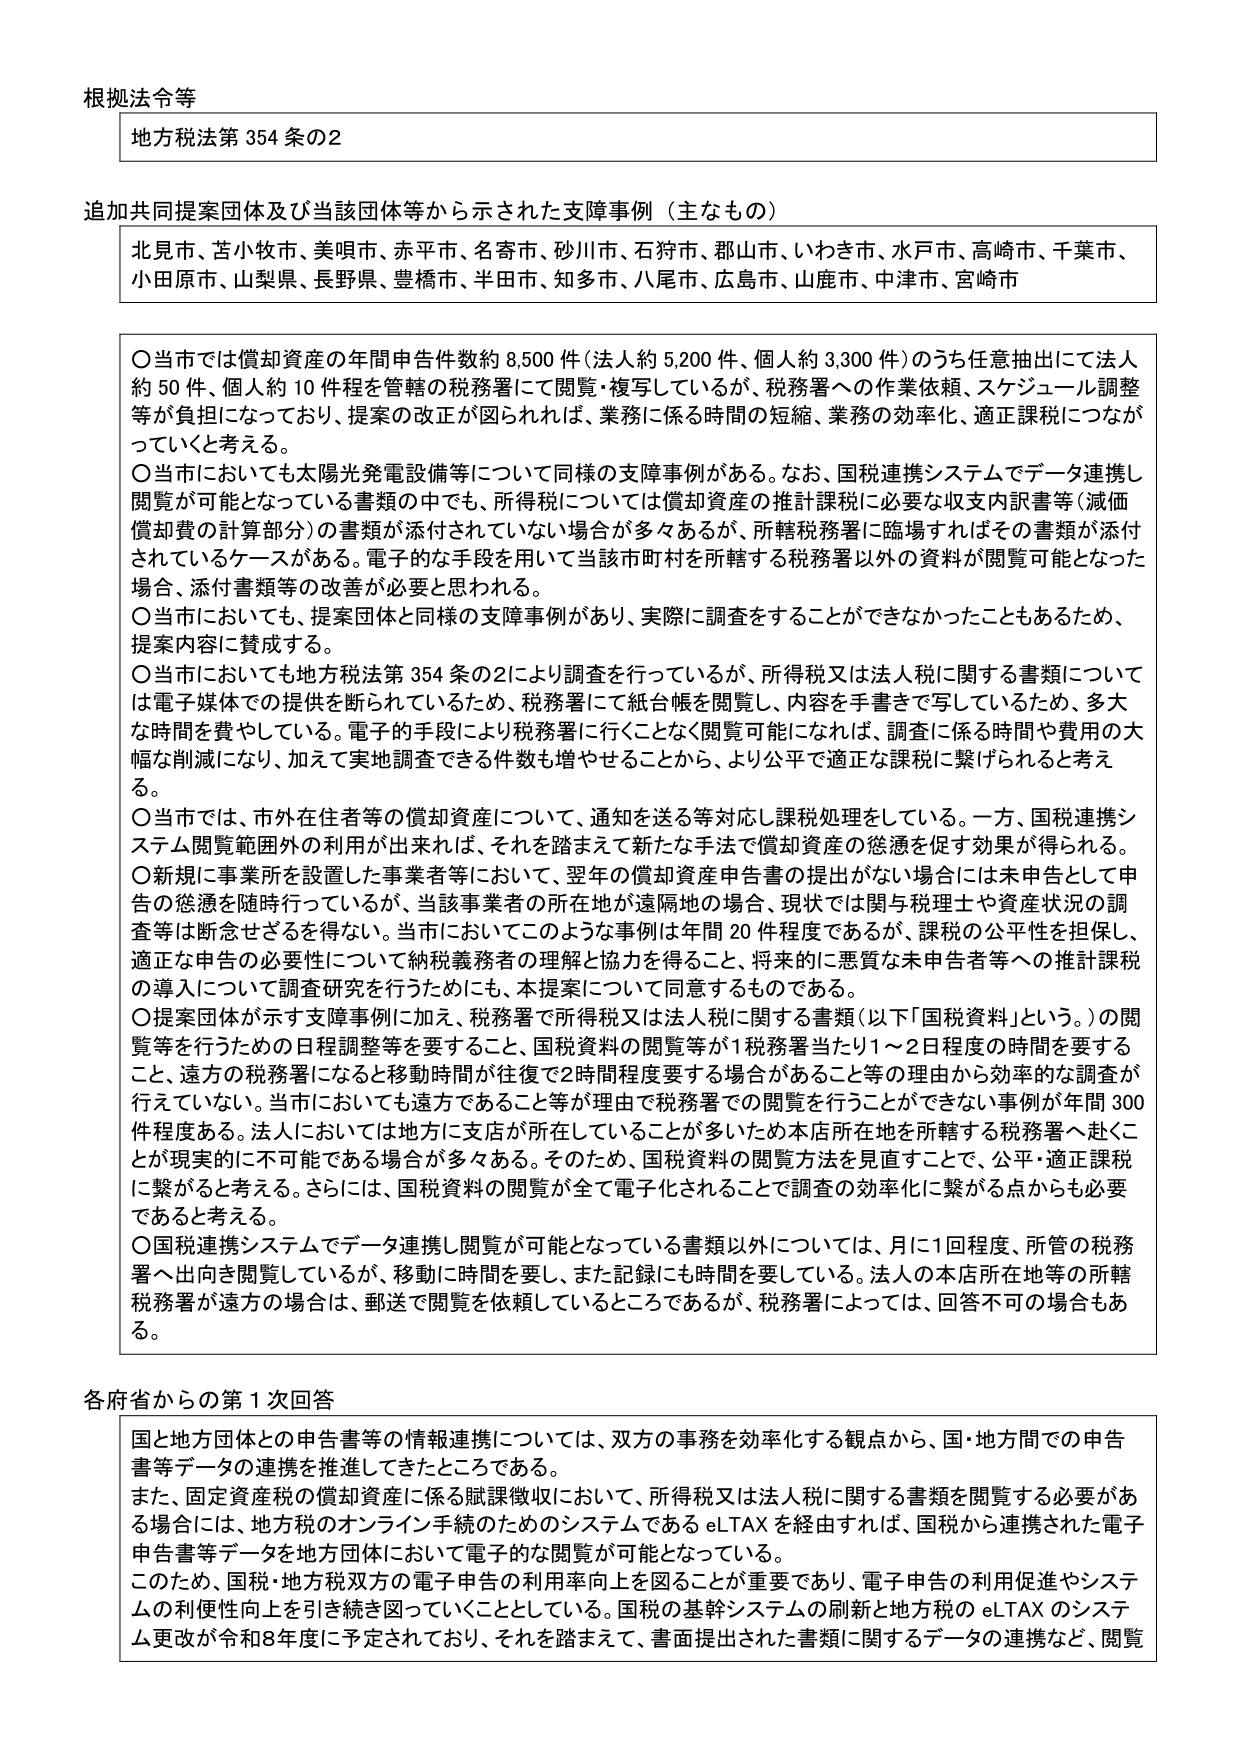
根拠法令等
地方税法第354条の2

追加共同提案団体及び当該団体等から示された支援事例（主なもの）
北見市、苫小牧市、美唄市、赤平市、名寄市、砂川市、石狩市、郡山市、いわき市、水戸市、高崎市、千葉市、小田原市、山梨県、長野県、豊橋市、半田市、知多市、八尾市、広島市、山鹿市、中津市、宮崎市

〇当市では償却資産の年間申告件数約8,500件（法人約5,200件、個人約3,300件）のうち任意抽出にて法人約50件、個人約10件程を管轄の税務署にて閲覧・複写しているが、税務署への作業依頼、スケジュール調整等が負担になっており、提案の改正が図られれば、業務に係る時間の短縮、業務の効率化、適正課税につながっていくと考える。
〇当市においても太陽光発電設備等について同様の支援事例がある。なお、国税連携システムでデータ連携し閲覧が可能となっている書類の中でも、所得税については償却資産の推計課税に必要な収支内訳書等（減価償却費の計算部分）の書類が添付されていない場合が多々あるが、所轄税務署に臨場すればその書類が添付されているケースがある。電子的な手段を用いて当該市町村を所轄する税務署以外の資料が閲覧可能となった場合、添付書類等の改善が必要と思われる。
〇当市においても、提案団体と同様の支援事例があり、実際に調査をすることができなかったこともあるため、提案内容に賛成する。
〇当市においても地方税法第354条の2により調査を行っているが、所得税又は法人税に関する書類については電子媒体での提供が断られているため、税務署にて紙台帳を閲覧し、内容を手書きで写しているため、多大な時間を費やしている。電子的手段により税務署に行くことなく閲覧可能になれば、調査に係る時間や費用の大幅な削減になり、加えて実地調査できる件数も増やせることがから、より公平で適正な課税に繋げられると考える。
〇当市では、市外在住者等の償却資産について、通知を送る等対応し課税処理をしている。一方、国税連携システム閲覧範囲外の利用が出来れば、それを踏まえて新たな手法で償却資産の徴収を促す効果が得られる。
〇新規に事業所を設置した事業者等において、翌年の償却資産申告書の提出がない場合には未申告として申告の徴収を随時行っているが、当該事業者の所在地が遠隔地の場合、現状では関与税理士や資産状況の調査等は断念せざるを得ない。当市においてこのような事例は年間20件程度であるが、課税の公平性を担保し、適正な申告の必要性について納税義務者の理解と協力を得ること、将来の悪質な未申告者等への推計課税の導入について調査研究を行うためにも、本提案について同意するものである。
〇提案団体が示す支援事例に加え、税務署で所得税又は法人税に関する書類（以下「国税資料」という。）の閲覧等を行うための日程調整等を要すること、国税資料の閲覧等が1税務署当たり1～2日程度の時間を要すること、遠方の税務署になると移動時間が往復で2時間程度要する場合があること等の理由から効率的な調査が行えていない。当市においても遠方であること等が理由で税務署での閲覧を行うことができない事例が年間300件程度ある。法人においては地方に支店が所在していることが多いため本店所在地を所轄する税務署へ赴くことが現実的に不可能である場合が多々ある。そのため、国税資料の閲覧方法を見直すことで、公平・適正課税に繋がると考える。さらには、国税資料の閲覧が全て電子化されることで調査の効率化に繋がる点からも必要であると考える。
〇国税連携システムでデータ連携し閲覧が可能となっている書類以外については、月に1回程度、所管の税務署へ出向きて閲覧しているが、移動に時間を要し、また記録にも時間を要している。法人の本店所在地等の所轄税務署が遠方の場合は、郵送で閲覧を依頼しているところであるが、税務署によっては、回答不可の場合もある。

各府省からの第1回回答
国と地方団体との申告書等の情報連携については、双方の事務を効率化する観点から、国・地方間での申告書等データの連携を推進してきたところである。
また、固定資産税の償却資産に係る賦課徴収において、所得税又は法人税に関する書類を閲覧する必要がある場合には、地方税のオンライン手続のためのシステムであるeLTAXを経由すれば、国税から連携された電子申告書等データを地方団体において電子的な閲覧が可能となっている。
このため、国税・地方税双方の電子申告の利用率向上を図ることが重要であり、電子申告の利用促進やシステムの利便性向上を引き続き図っていくこととしている。国税の基幹システムの刷新と地方税のeLTAXのシステム更改が令和8年度に予定されており、それを踏まえて、書面提出された書類に関するデータの連携など、閲覧